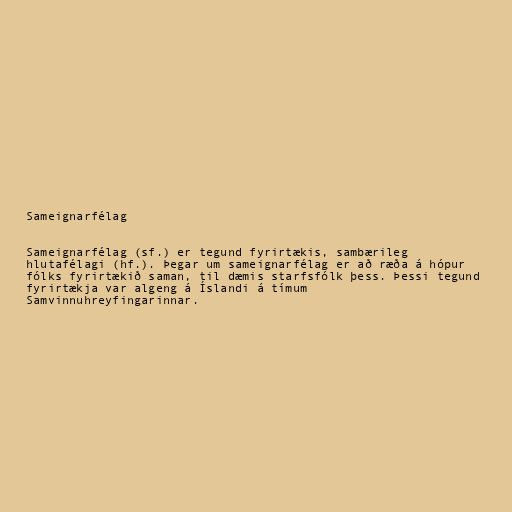
Sameignarfélag

Sameignarfélag (sf.) er tegund fyrirtækis, sambærileg
hlutafélagi (hf.). Þegar um sameignarfélag er að ræða á hópur
fólks fyrirtækið saman, til dæmis starfsfólk þess. Þessi tegund
fyrirtækja var algeng á Íslandi á tímum
Samvinnuhreyfingarinnar.